Report of the Indian Hemp Drugs Commission, 1894-1895 - Volume VII
Year: 1894
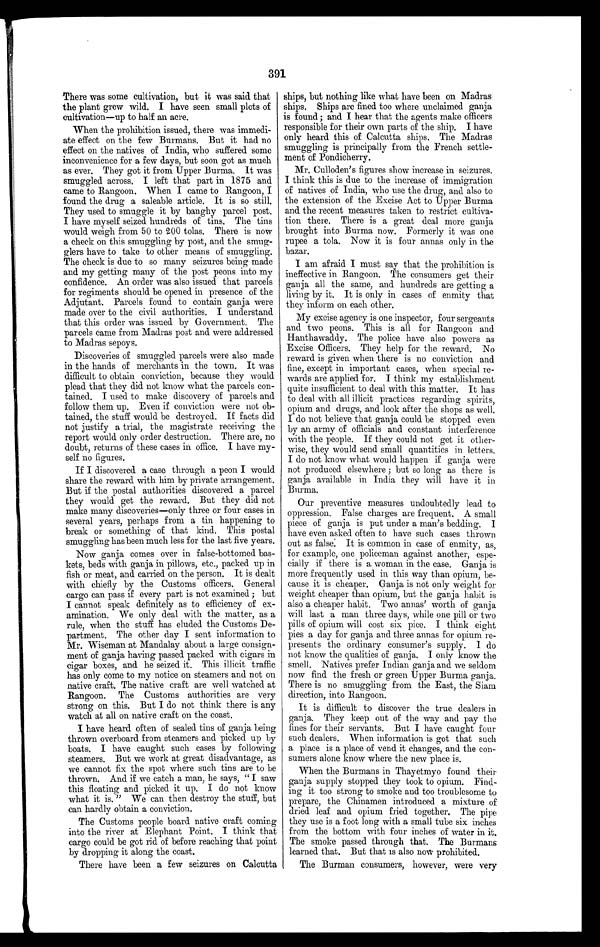
391
There was some cultivation, but it was said that
the plant grew wild. I have seen small plots of
cultivation—up to half an acre.
When the prohibition issued, there was immedi-
ate effect on the few Burmans. But it had no
effect on the natives of India, who suffered some
inconvenience for a few days, but soon got as much
as ever. They got it from Upper Burma. It was
smuggled across. I left that part in 1875 and
came to Rangoon. When I came to Rangoon, I
found the drug a saleable article. It is so still.
They used to smuggle it by baughy parcel post.
I have myself seized hundreds of tins. The tins
would weigh from 50 to 200 tolas. There is now
a cheek on this smuggling by post, and the smug-
glers have to take to other means of smuggling,
The check is due to so many seizures being made
and my getting many of the post peons into my
confidence. An order was also issued that parcels
for regiments should be opened in presence of the
Adjutant. Parcels found to contain ganja were
made over to the civil authorities. I understand
that this order was issued by Government. The
parcels came from Madras post and were addressed
to Madras sepoys.
Discoveries of smuggled parcels were also made
in the hands of merchants in the town. It was
difficult to obtain conviction, because they would
plead that they did not know what the parcels con-
tained. I used to make discovery of parcels and
follow them up. Even if conviction were not ob-
tained, the stuff would be destroyed. If facts did
not justify a trial, the magistrate receiving the
report would only order destruction. There are, no
doubt, returns of these cases in office. I have my-
self no figures.
If I discovered a case through a peon I would
share the reward with him by private arrangement.
But if the postal authorities discovered a parcel
they would get the reward. But they did not
make many discoveries—only three or four cases in
several years, perhaps from a tin happening to
break or something of that kind. This postal
smuggling has been much less for the last five years.
Now ganja comes over in false-bottomed bas-
kets, beds with ganja in pillows, etc., packed up in
fish or meat, and carried on the person. It is dealt
with chiefly by the Customs officers. General
cargo can pass if every part is not examined ; but
I cannot speak definitely as to efficiency of ex-
amination. We only deal with the matter, as a
rule, when the stuff has eluded the Customs De-
partment. The other day I sent information to
Mr. Wiseman at Mandalay about a large consign-
ment of ganja having passed packed with cigars in
cigar boxes, and he seized it. This illicit traffic
has only come to my notice on steamers and not on
native craft. The native craft are well watched at
Rangoon. The Customs authorities are very
strong on this. But I do not think there is any
watch at all on native craft on the coast.
I have heard often of sealed tins of ganja being
thrown overboard from steamers and picked up by
boats. I have caught such cases by following
steamers. But we work at great disadvantage, as
we cannot fix the spot where such tins are to be
thrown. And if we catch a man, he says, "I saw
this floating and picked it up. I do not know
what it is. " We can then destroy the stuff, but
can hardly obtain a conviction.
The Customs people board native craft coming
into the river at Elephant Point. I think that
cargo could be got rid of before reaching that point
by dropping it along the coast.
There have been a few seizures on Calcutta
ships, but nothing like what have been on Madras
ships. Ships are fined too where unclaimed ganja
is found ; and I hear that the agents make officers
responsible for their own parts of the ship. I have
only heard this of Calcutta ships. The Madras
smuggling is principally from the French settle-
ment of Pondicherry.
Mr. Culloden's figures show increase in seizures.
I think this is due to the increase of immigration
of natives of India, who use the drug, and also to
the extension of the Excise Act to Upper Burma
and the recent measures taken to restrict cultiva-
tion there. There is a great deal more ganja
brought into Burma now. Formerly it was one
rupee a tola. Now it is four annas only in the
bazar.
I am afraid I must say that the prohibition is
ineffective in Rangoon. The consumers get their
ganja all the same, and hundreds are getting a
living by it. It is only in cases of enmity that
they inform on each other.
My excise agency is one inspector, four sergeants
and two peons. This is all for Rangoon and
Hanthawaddy. The police have also powers as
Excise Officers. They help for the reward. No
reward is given when there is no conviction and
fine, except in important cases, when special re-
wards are applied for. I think my establishment
quite insufficient to deal with this matter. It has
to deal with all illicit practices regarding spirits,
opium and drugs, and look after the shops as well.
I do not believe that ganja could be stopped even
by an army of officials and constant interference
with the people. If they could not get it other-
wise, they would send small quantities in letters.
I do not know what would happen if ganja were
not produced elsewhere ; but so long as there is
ganja available in India they will have it in
Burma.
Our preventive measures undoubtedly lead to
oppression. False charges are frequent. A small
piece of ganja is put under a man's bedding. I
have even asked often to have such cases thrown
out as false. It is common in case of enmity, as,
for example, one policeman against another, espe-
cially if there is a woman in the case. Ganja is
more frequently used in this way than opium, be-
cause it is cheaper. Ganja is not only weight for
weight cheaper than opium, but the ganja habit is
also a cheaper habit. Two annas' worth of ganja
will last a man three days, while one pill or two
pills of opium will cost six pice. I think eight
pies a day for ganja and three annas for opium re-
presents the ordinary consumer's supply. I do
not know the qualities of ganja. I only know the
smell. Natives prefer Indian ganja and we seldom
now find the fresh or green Upper Burma ganja.
There is no smuggling from the East, the Siam
direction, into Rangoon.
It is difficult to discover the true dealers in.
ganja. They keep out of the way and pay the
fines for their servants. But I have caught four
such dealers. When information is got that such
a place is a place of vend it changes, and the con-
sumers alone know where the new place is.
When the Burmans in Thayetmyo found their
ganja supply stopped they took to opium. Find-
ing it too strong to smoke and too troublesome to
prepare, the Chinamen introduced a mixture of
dried leaf and opium fried together. The pipe.
they use is a foot long with a small tube six inches
from the bottom with four inches of water in it.
The smoke passed through that. The Burmans
learned that. But that is also now prohibited.
The Burman consumers, however, were very